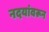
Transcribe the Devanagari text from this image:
नदयांवरून